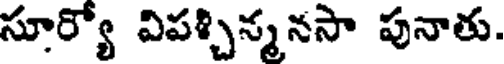
సూర్యో విపశ్చిన్మనసా పునాతు.